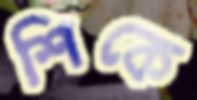
শিকে